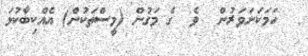
ހަމަކަށަވަރުން  ވެ  ގެ މަގުން (މީސްތަކުން) އެއްކިބާކުޅަ